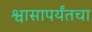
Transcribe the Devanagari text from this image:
श्वासापर्यंतचा